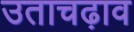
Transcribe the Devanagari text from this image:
उताचढ़ाव